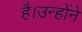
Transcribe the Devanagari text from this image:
है।उन्होंने